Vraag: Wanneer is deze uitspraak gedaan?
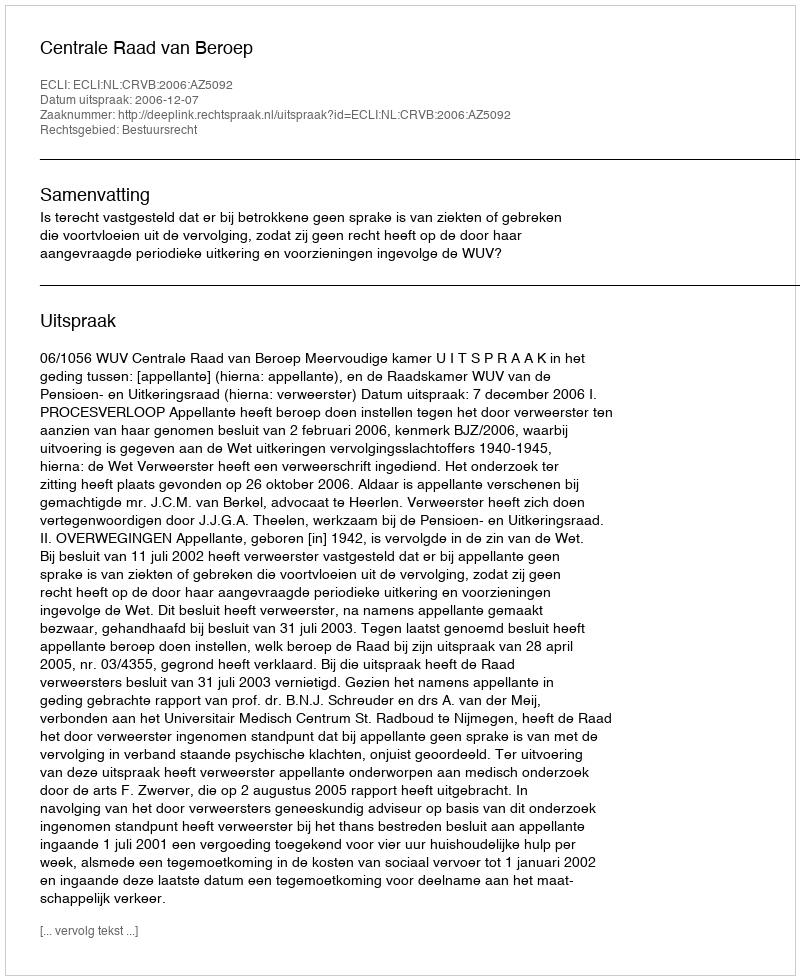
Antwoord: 2006-12-07